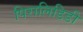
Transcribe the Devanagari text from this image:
पिरालिडिडी